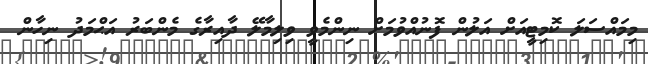
މިމައްސަލަ ކޮމިޓީއަށް އަލުން ފޮނުއްވުމަށް ނިންމެވީ ވިލިމާލޭ ދާއިރާގެ މެންބަރު އަޙްމަދު ނިހާން